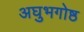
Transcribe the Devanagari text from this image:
अघुभगोष्ठ